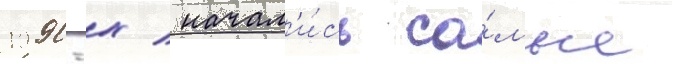
1990-х / начал'и́сь са́мые